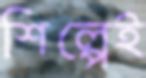
শিল্পেই